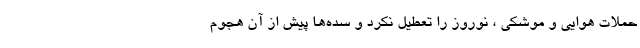
حملات هوایی و موشکی ، نوروز را تعطیل نکرد و سده‌ها پیش از آن هجوم